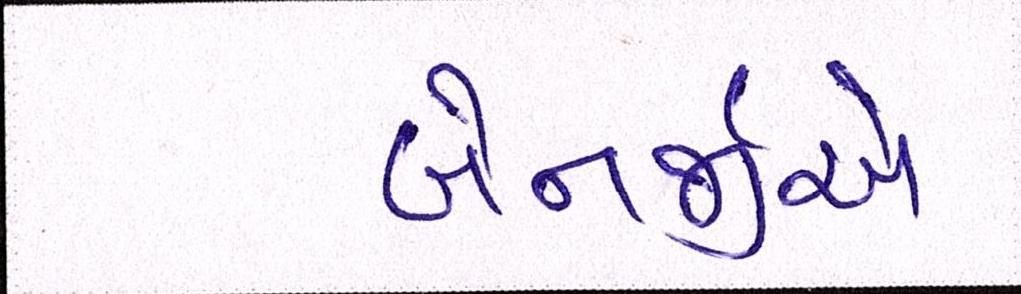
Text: બેનર્જીએ